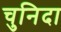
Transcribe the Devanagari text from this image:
चुनिदा